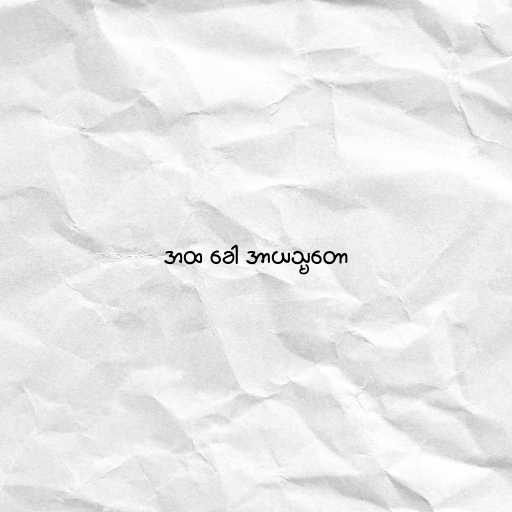
အထ ခေါ အာယသ္မတော